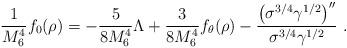
LaTeX: \begin{align*} \frac{1}{M_6^4}f_0(\rho)=-\frac{5}{8M_6^4}{\Lambda}+ \frac{3}{8M_6^4} f_\theta(\rho) -\frac{{\left(\sigma^{3/4}\gamma^{1/2}\right)}^{\prime\prime}} {\sigma^{3/4}\gamma^{1/2}} \ .\end{align*}